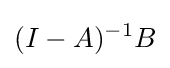
(I-A)^{-1}B